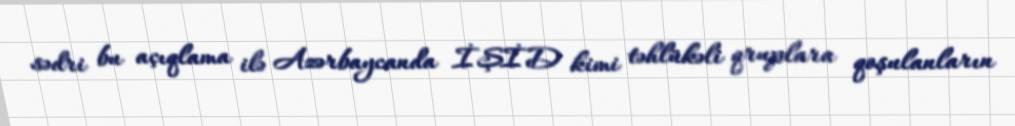
sədri bu açıqlama ilə Azərbaycanda İŞİD kimi təhlükəli qruplara qoşulanların